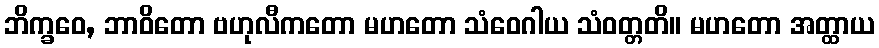
ဘိက္ခဝေ, ဘာဝိတော ဗဟုလီကတော မဟတော သံဝေဂါယ သံဝတ္တတိ။ မဟတော အတ္ထာယ